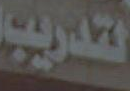
لتدريب